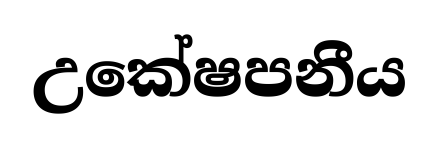
උකේෂපනීය